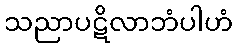
သညာပဋိလာဘံပါဟံ